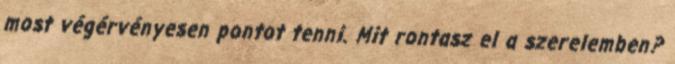
most végérvényesen pontot tenni. Mit rontasz el a szerelemben?